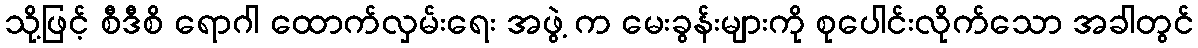
သို့ဖြင့် စီဒီစိ ရောဂါ ထောက်လှမ်းရေး အဖွဲ့ က မေးခွန်းများကို စုပေါင်းလိုက်သော အခါတွင်